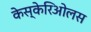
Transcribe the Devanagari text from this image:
केस्केरिओलस